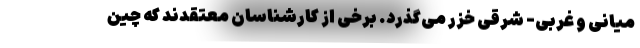
میانی و غربی- شرقی خزر می‌گذرد. برخی از کارشناسان معتقدند که چین